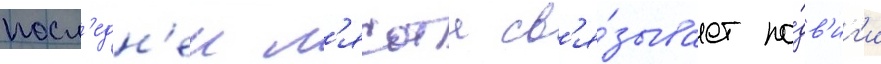
посл'едн'еи л'ясота св'я́зывает по́дв'иг'и